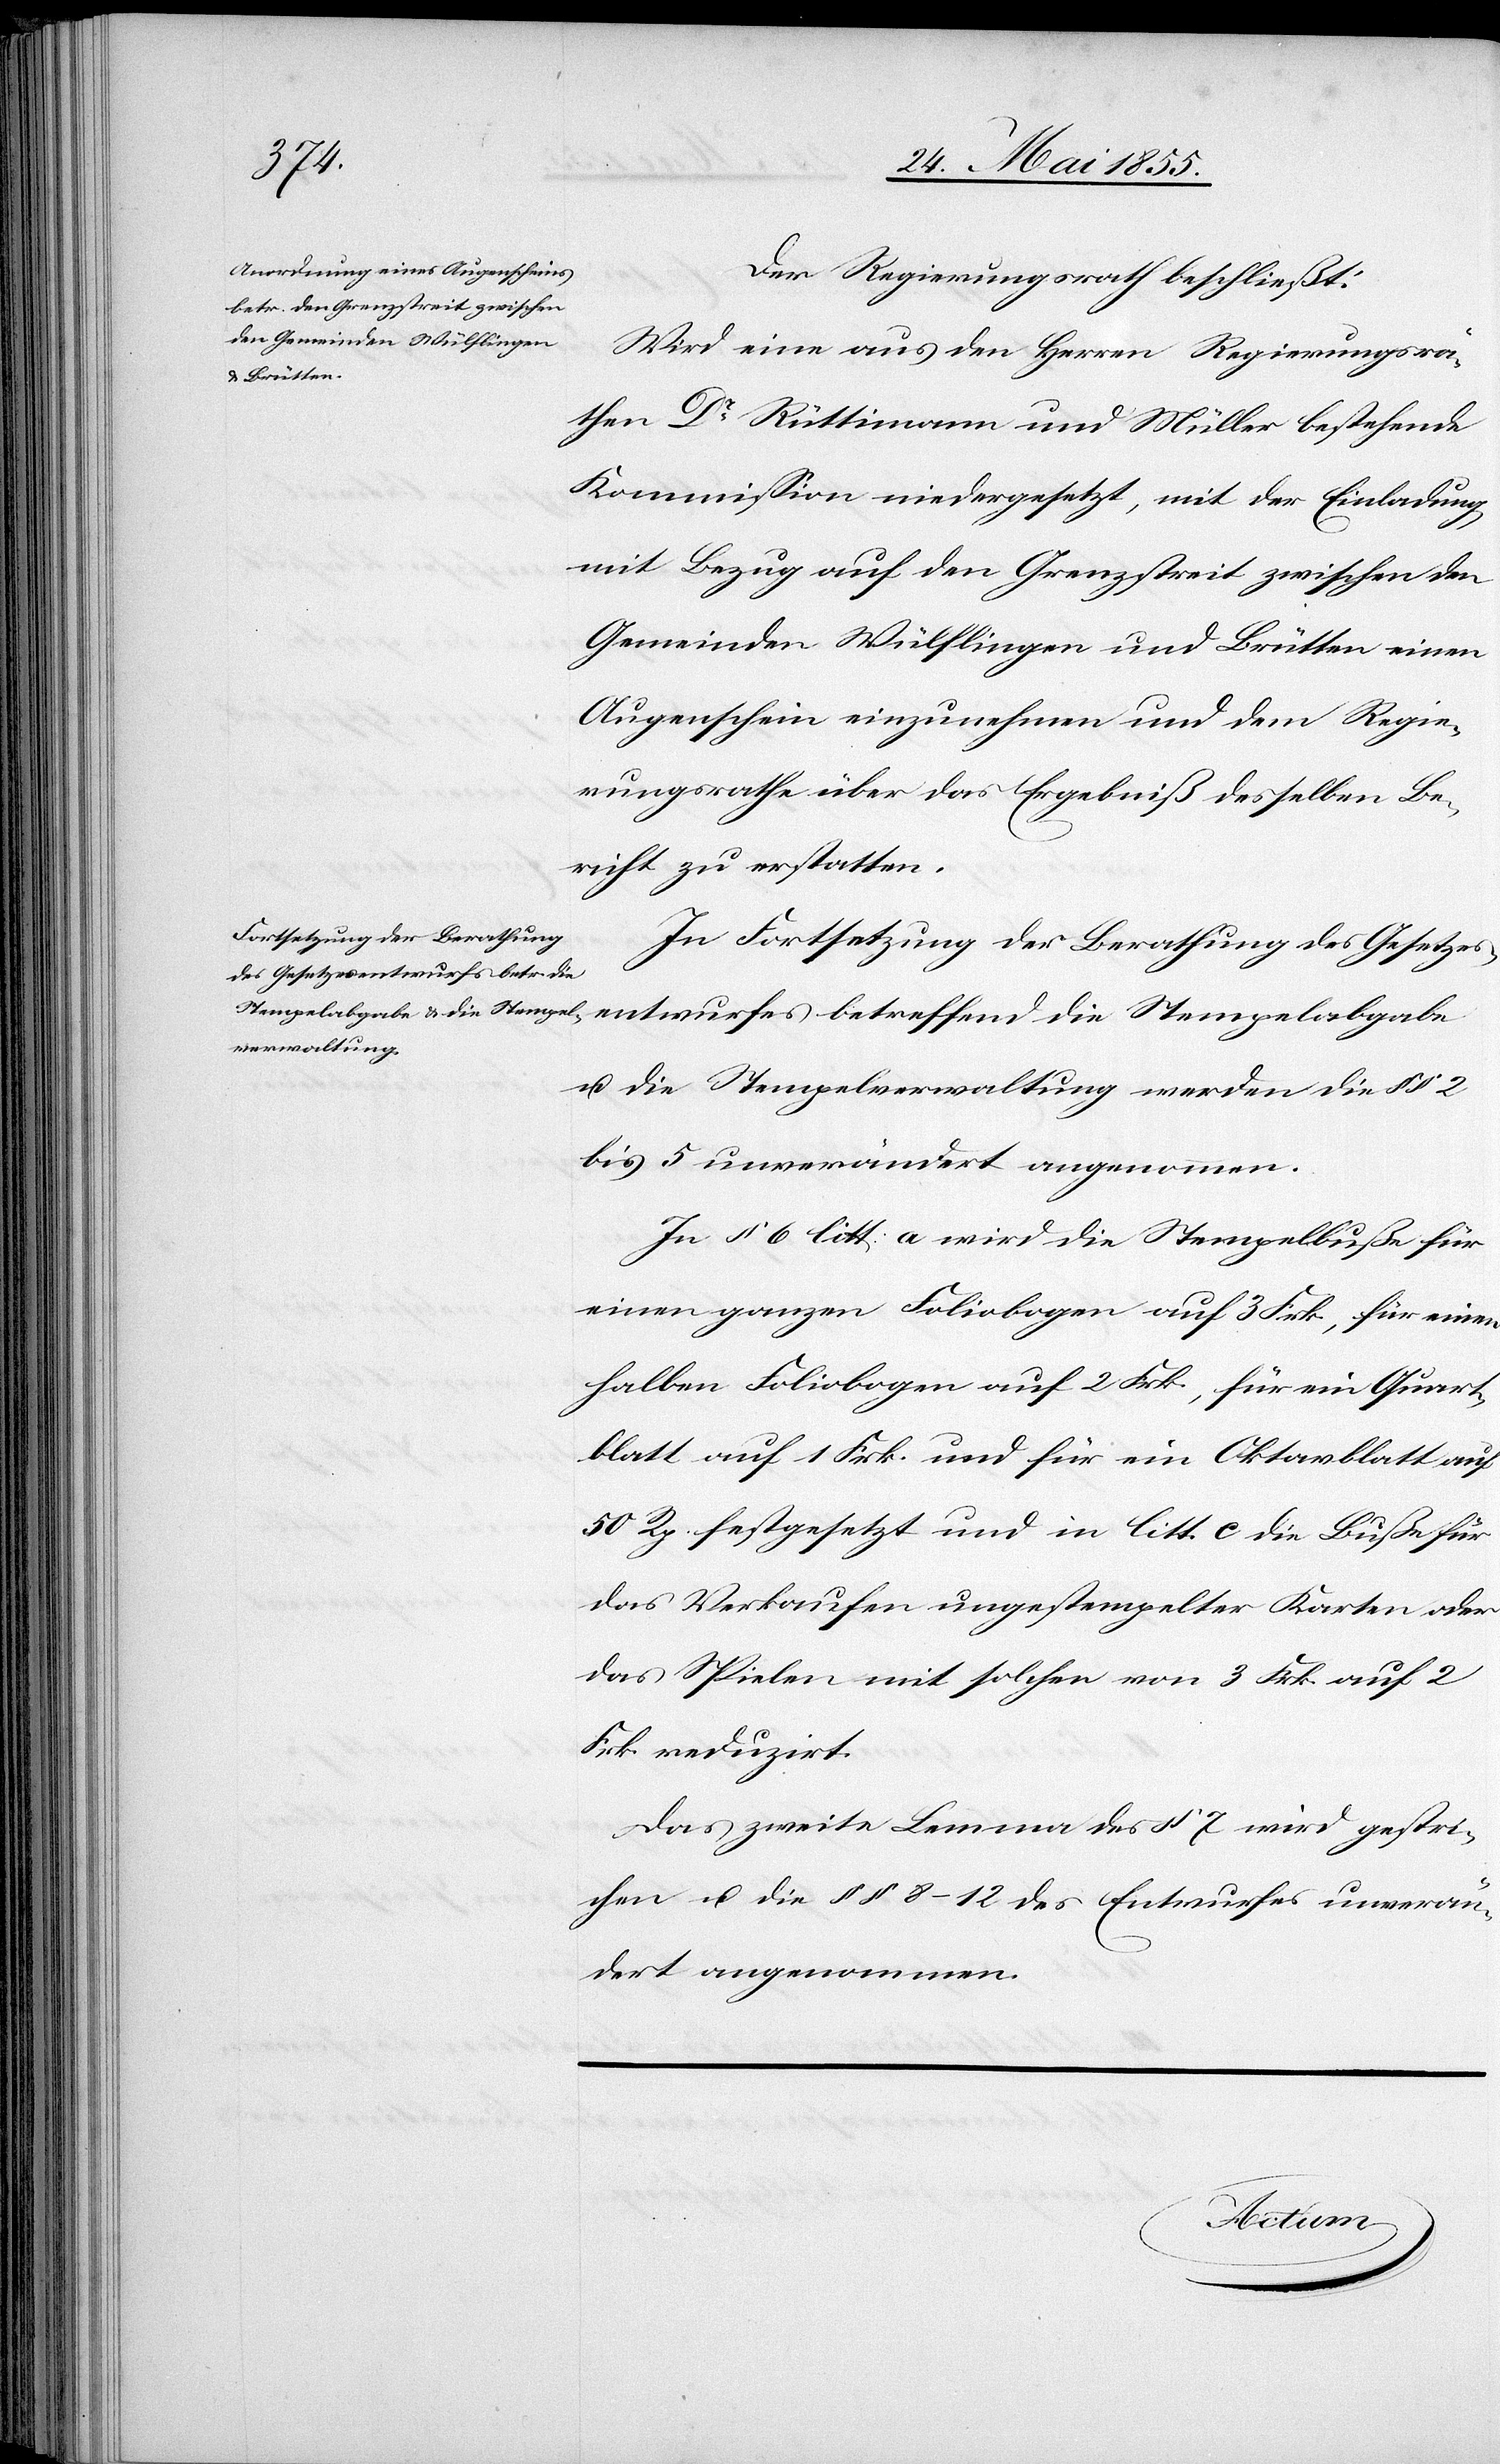
Der Regierungsrath beschließt:
Wird eine aus den Herren Regierungsrä¬
then Dr Rüttimann und Müller bestehende
Kommission niedergesetzt, mit der Einladung,
mit Bezug auf den Grenzstreit zwischen den
Gemeinden Wülflingen und Brütten einen
Augenschein einzunehmen und dem Regie¬
rungsrathe über das Ergebniß desselben Be¬
richt zu erstatten.
In Fortsetzung der Berathung des Gesetzes¬
entwurfes betreffend die Stempelabgabe
u. die Stempelverwaltung werden die §§ 2
bis 5 unverändert angenommen.
In § 6 litt: a wird die Stempelbuße für
einen ganzen Foliobogen auf 3 Frk., für einen
halben Foliobogen auf 2 Frk., für ein Quart¬
blatt auf 1 Frk. und für ein Oktavblatt auf
50 Rp. festgesetzt und in litt. c die Buße für
das Verkaufen ungestempelter Karten oder
das Spielen mit solchen von 3 Frk. auf 2
Frk. reduzirt.
Das zweite Lemma des § 7 wird gestri¬
chen u. die §§ 8–12 des Entwurfes unverän¬
dert angenommen.